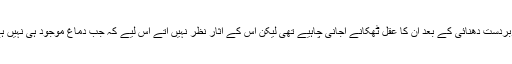
کولکاتہ کے اندر میں زبردست دھنائی کے بعد ان کا عقل ٹھکانے آجانی چاہیے تھی لیکن اس کے آثار نظر نہیں آتے اس لیے کہ جب دماغ موجود ہی نہیں ہے تو درست کیسے ہو؟